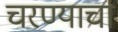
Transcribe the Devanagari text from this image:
चरण्याचा